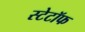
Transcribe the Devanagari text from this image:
स्टेटॉफ